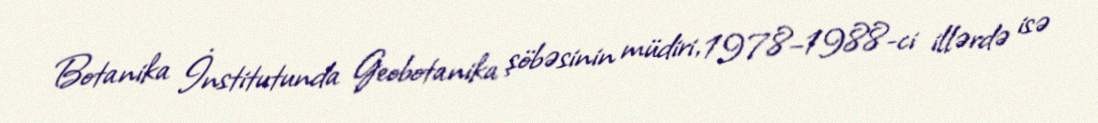
Botanika İnstitutunda Geobotanika şöbəsinin müdiri, 1978–1988-ci illərdə isə